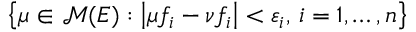
\left\{ \mu \in { \mathcal { M } } ( E ) : \left| \mu f _ { i } - \nu f _ { i } \right| < \varepsilon _ { i } , \, i = 1 , \ldots , n \right\}